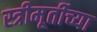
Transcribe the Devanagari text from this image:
स्त्रीमूर्तीच्या